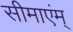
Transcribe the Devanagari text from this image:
सीमाएंम्